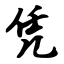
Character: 凭